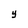
Character: Y